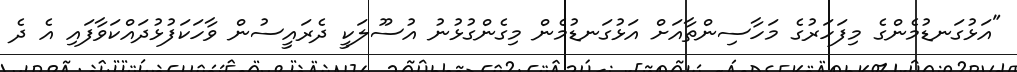
"އަޅުގަނޑުމެންގެ މިފަހަރުގެ މަހާސިންތާއަށް އަޅުގަނޑުމެން މިގެންގުޅުނު އުސޫލަކީ ދެރައީސުން ވާހަކަފުޅުދައްކަވާފައި އެ ދެ